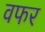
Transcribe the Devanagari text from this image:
वफर